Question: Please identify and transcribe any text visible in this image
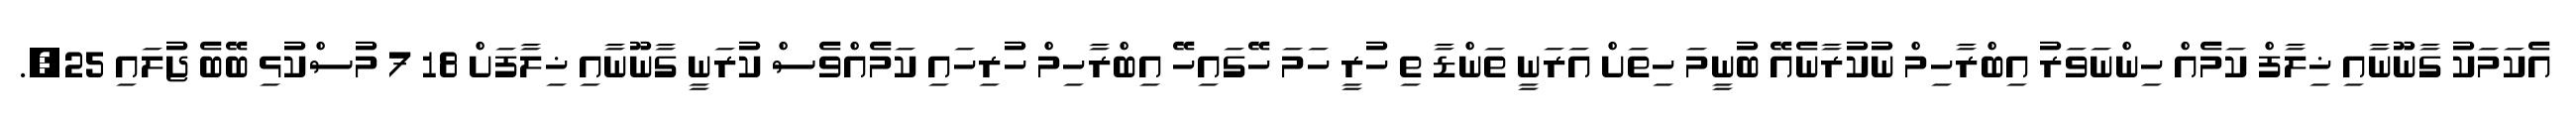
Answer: އެކަމަކު ގާނޫނާއި ޚިލާފް ކަމެއް ހިންނަވަރު އިބްރާހިމް ނުކުރާނެއޭ ބުނީމަ ހިތަށް އަރަނީ ތަންޑާ ތި ހުރީ ހަމަ ހޭގައިހޭ އިބްރާހިމް ހުރިހައި ކަމެއްވެސް ކުރަނީ ގާނޫނާއި ޚިލާފަށް 18 7 މުސްކުޅި ބޭބެ ޖުލައި 25,.